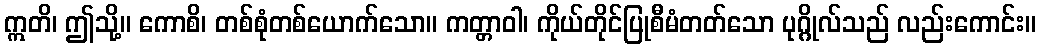
ဣတိ၊ ဤသို့။ ကောစိ၊ တစ်စုံတစ်ယောက်သော။ ကတ္တာဝါ၊ ကိုယ်တိုင်ပြုစီမံတတ်သော ပုဂ္ဂိုလ်သည် လည်းကောင်း။